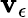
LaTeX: \mathbf{v}_{\epsilon}